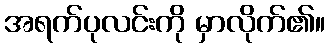
အရက်ပုလင်းကို မှာလိုက်၏။